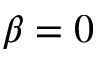
\beta = 0